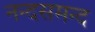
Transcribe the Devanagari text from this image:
नन्‍दसमन्‍द